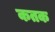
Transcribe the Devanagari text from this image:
कतक